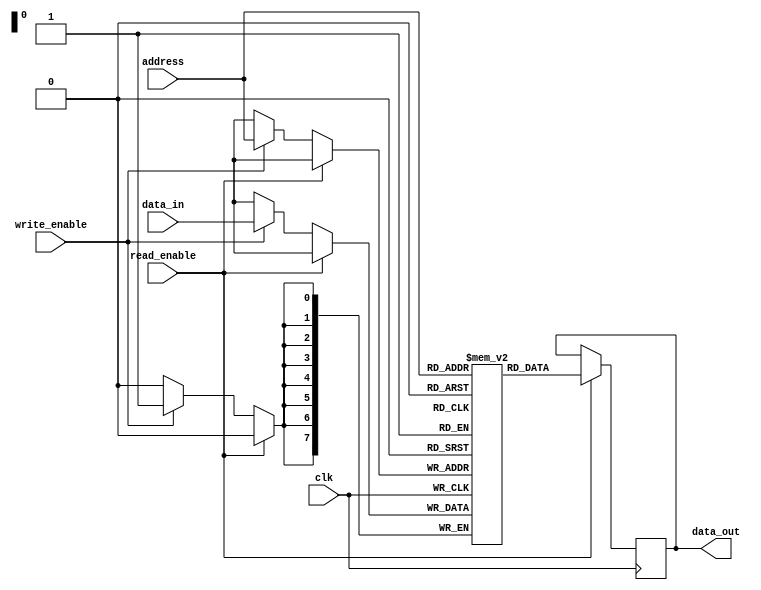
module data_memory(
    input wire clk,
    input wire [7:0] address,
    input wire [7:0] data_in,
    input wire write_enable,
    input wire read_enable,
    output reg [7:0] data_out
);
    reg [7:0] ram[0:255];

    always @(posedge clk)
    begin
        if (read_enable)
            data_out <= ram[address];
		  else if (write_enable)
            ram[address] <= data_in;
    end
endmodule